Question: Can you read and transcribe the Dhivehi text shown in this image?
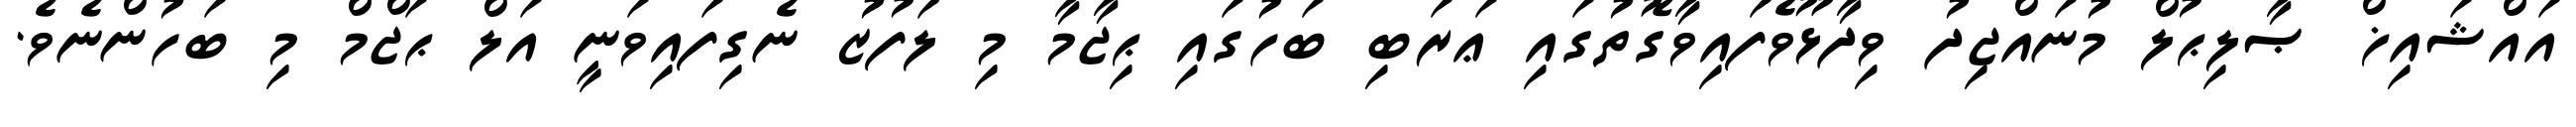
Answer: އައްޝައިޚް ޞާލިޙުލް މުނައްޖިދު ވިދާޅޫވެފައިވާގޮތުގައި ޢަރަބި ބަހުގައި ޙިޖާމާ މި ލަފުޒު ނެގިފައިވަނީ އަލް ޙަޖްމް މި ބަހުންނެވެ.